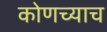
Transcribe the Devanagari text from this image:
कोणच्याच